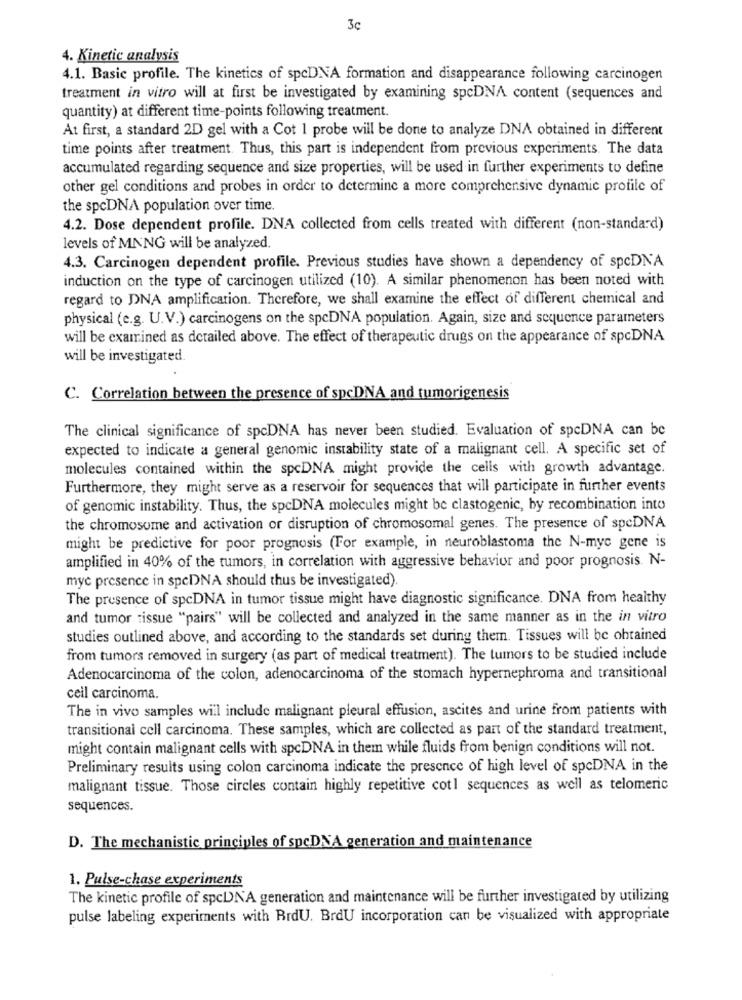
3c
4. Kinetic analysis
4.1. Basic profile. The kinetics of spcDNA formation and disappearance following carcinogen
treatment in vitro will at first be investigated by examining spcDNA content (sequences and
quantity) at different time-points following treatment.
At first, a standard 2D gel with a Cot 1 probe will be done to analyze DNA obtained in different
time points after treatment. Thus, this part is independent from previous experiments. The data
accumulated regarding sequence and size properties, will be used in further experiments to define
other gel conditions and probes in order to determine a more comprehensive dynamic profile of
the spcDNA population over time.
4.2. Dose dependent profile. DNA collected from cells treated with different (non-standard)
levels of MNNG will be analyzed.
4.3. Carcinogen dependent profile. Previous studies have shown a dependency of spcDNA
induction on the type of carcinogen utilized (10). A similar phenomenon has been noted with
regard to DNA amplification. Therefore, we shall examine the effect of different chemical and
physical (e.g. U.V.) carcinogens on the spcDNA population. Again, size and sequence parameters
will be examined as detailed above. The effect of therapeutic drugs on the appearance of spcDNA
will be investigated
C. Correlation between the presence of spcDNA and tumorigenesis
The clinical significance of spcDNA has never been studied. Evaluation of spcDNA can be
expected to indicate a general genomic instability state of a malignant cell. A specific set of
molecules contained within the spcDNA might provide the cells with growth advantage.
Furthermore, they might serve as a reservoir for sequences that will participate in further events
of genomic instability. Thus, the spcDNA molecules might be clastogenic, by recombination into
the chromosome and activation or disruption of chromosomal genes. The presence of spcDNA
might be predictive for poor prognosis (For example, in neuroblastoma the N-myc gene is
amplified in 40% of the tumors, in correlation with aggressive behavior and poor prognosis. N-
myc presence in spcDNA should thus be investigated).
The presence of spcDNA in tumor tissue might have diagnostic significance. DNA from healthy
and tumor tissue "pairs" will be collected and analyzed in the same manner as in the in vitro
studies outlined above, and according to the standards set during them. Tissues will be obtained
from tumors removed in surgery (as part of medical treatment). The tumors to be studied include
Adenocarcinoma of the colon, adenocarcinoma of the stomach hypernephroma and transitional
cell carcinoma.
The in vivo samples will include malignant pleural effusion, ascites and urine from patients with
transitional cell carcinoma. These samples, which are collected as part of the standard treatment,
might contain malignant cells with spcDNA in them while fluids from benign conditions will not.
Preliminary results using colon carcinoma indicate the presence of high level of spcDNA in the
malignant tissue. Those circles contain highly repetitive cot1 sequences as well as telomeric
sequences.
D. The mechanistic principles of spcDNA generation and maintenance
1. Pulse-chase experiments
The kinetic profile of spcDNA generation and maintenance will be further investigated by utilizing
pulse labeling experiments with BrdU. BrdU incorporation can be visualized with appropriate